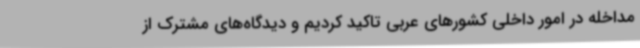
مداخله در امور داخلی کشورهای عربی تاکید کردیم و دیدگاه‌های مشترک از